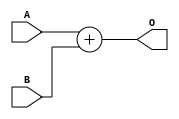
`timescale 1ns / 1ps

module AddALU(
    A,
    B,
    O
    );
    input [31:0] A;
    input [31:0] B;
    output wire [31:0] O;
    assign O = A + B;
endmodule